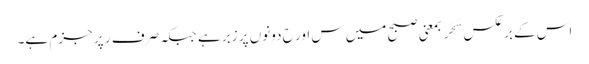
اس کے برعکس سَحَر بمعنی صبح میں س اور ح دونوں پر زبر ہے جبکہ صرف ر پر جزم ہے۔